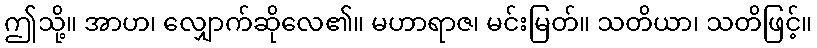
ဤသို့။ အာဟ၊ လျှောက်ဆိုလေ၏။ မဟာရာဇ၊ မင်းမြတ်။ သတိယာ၊ သတိဖြင့်။